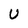
Character: U